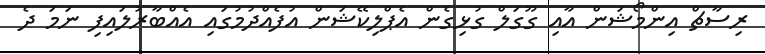
ރިސާޗް އިންމޯޝަން އާއި ގޫގަލް ގުޅިގެން އެޕްލިކޭޝަން އުފެއްދުމުގައި އެއްބާރުލައިފި ނަމަ ދެ